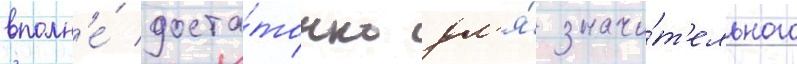
вполн'е́ доста́точно дл'я́ значи́т'ельного